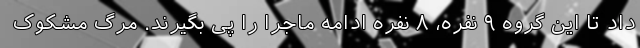
داد تا این گروه ۹ نفره، ۸ نفره ادامه ماجرا را پی بگیرند. مرگ مشکوک